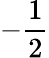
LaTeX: -\frac 12